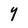
Character: Y